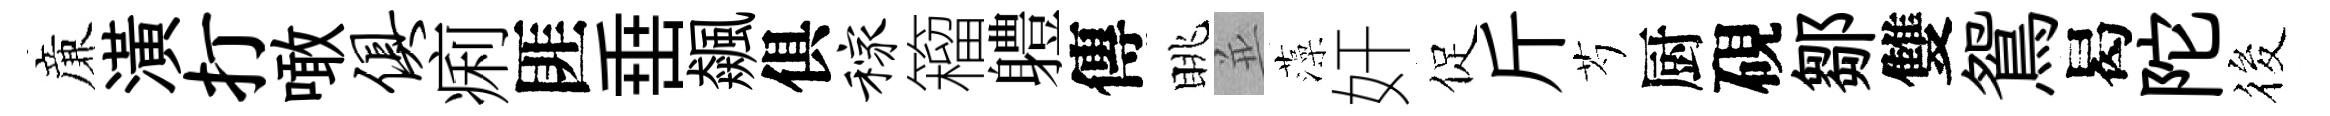
亷潢打噉俱痢匪𡸁飆俱稼籕軆傳眺並藻奸促斤芍厨硯鄒雙鴛曷陀筱